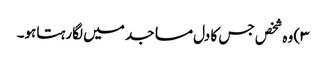
۳) وہ شخص جس کا دل مساجد میں لگارہتاہو۔